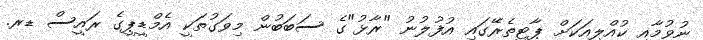
ނުވުމާއި ކުއްލިއަކަށް ޕާޓީތެރޭގައި އުފުލުނު "ރާޅު"ގެ ސަބަބުން މިވަގުތަކީ އެމްޑީޕީގެ ރައީސް ޑރ.